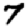
Digit: 7